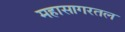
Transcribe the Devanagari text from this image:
महासागरतल